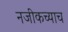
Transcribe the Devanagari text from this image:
नजीकच्याच